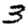
Digit: 3